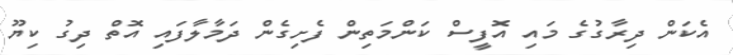
އެކަން ދިރާގުގެ މައި އޮފީސް ކަންމަތިން ފެށިގެން ދަމާލާފައި އޮތް ދިގު ކިޔޫ